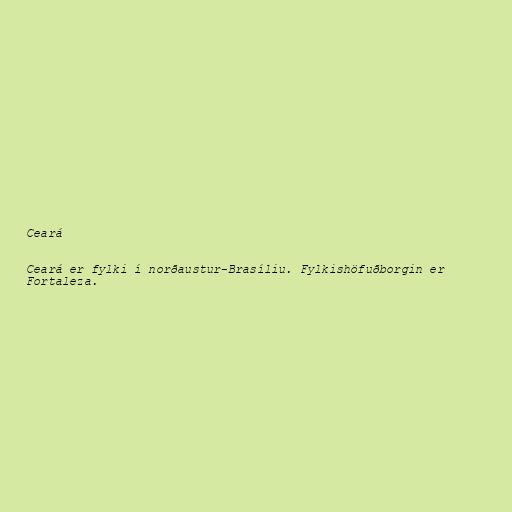
Ceará

Ceará er fylki í norðaustur-Brasíliu. Fylkishöfuðborgin er
Fortaleza.